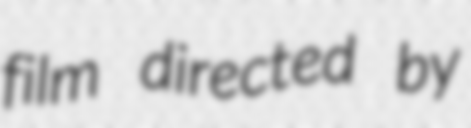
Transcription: film directed by